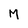
Character: M